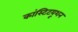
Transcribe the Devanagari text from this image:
कांस्टिटयूशन